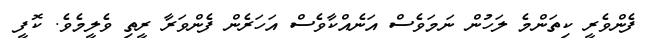
ފެންވެރީ ކިތަންމެ ލަހުން ނަމަވެސް އަނެއްކާވެސް އަހަރެން ފެންވަރާ ރީތި ވެލީމެވެ. ކޮފީ